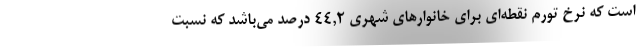
است که نرخ تورم نقطه‌ای برای خانوارهای شهری ٤٤,٢ درصد می‌باشد که نسبت